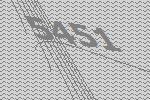
5451